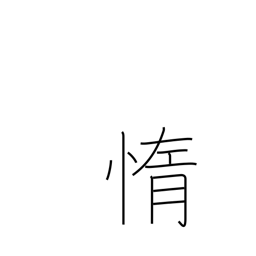
Meaning: lazy